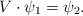
LaTeX: \begin{align*}V\cdot\psi_1=\psi_2.\end{align*}